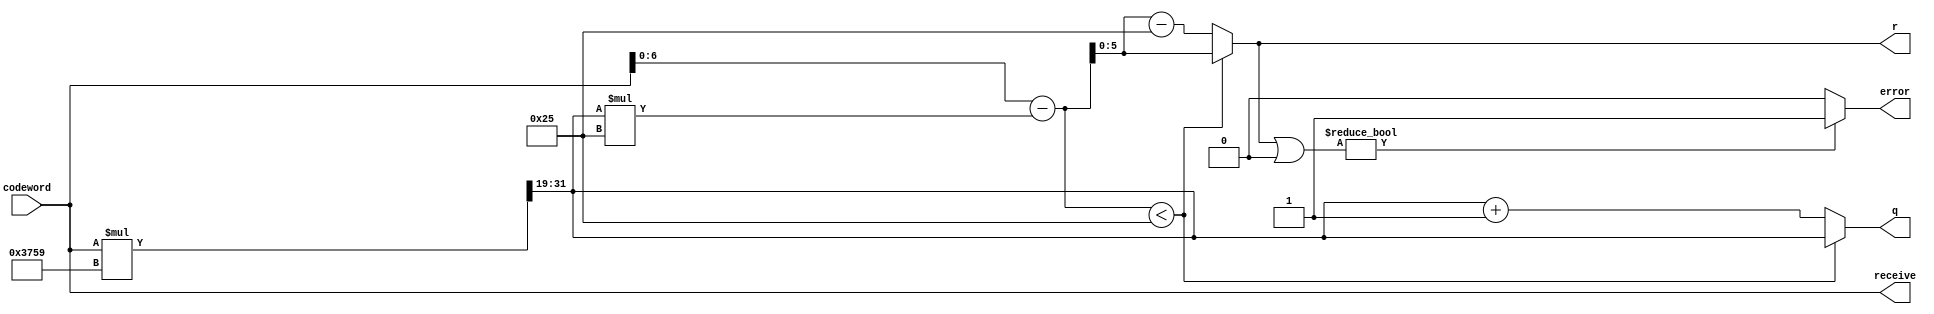
`timescale 1ns / 1ps
module barrett_n37(input [17:0] codeword,output [12:0]q,output [5:0]r,output error,output[17:0] receive);
    wire[31:0]q_temp;
    wire[6:0]r_temp;
    assign q_temp=codeword*14'd14169>>19;
    assign r_temp=codeword-q_temp*6'd37;
    assign q=r_temp<6'd37 ? q_temp:q_temp+1'b1;
    assign r=r_temp<6'd37 ? r_temp:r_temp-6'd37;
    assign error = r|6'b0 ? 1'b1:1'b0;
    assign receive = codeword;
endmodule